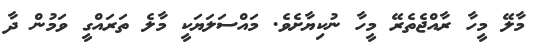
މާލޭ މީހާ ރާއްޖެތެރޭ މީހާ ނުކިޔާށެވެ. މައްސަލަޔަކީ މާލެ ތަރައްގީ ވަމުން ދާ